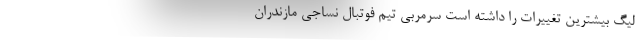
لیگ بیشترین تغییرات را داشته است سرمربی تیم فوتبال نساجی مازندران